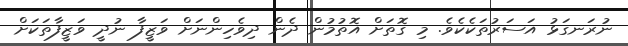
ނުރަނގަޅު އަސަރުތަކެކެވެ. މި ގޮތަށް އޮތުމުން ދެން ދިވެހިންނަށް ވަޒީފާ ނުދީ ވަޒީފާތަކަށް